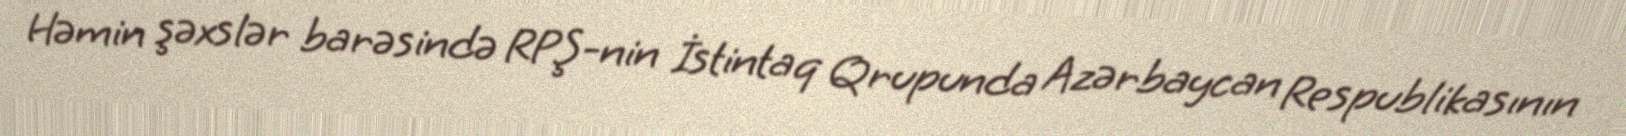
Həmin şəxslər barəsində RPŞ-nin İstintaq Qrupunda Azərbaycan Respublikasının